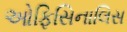
ઓફિસિનાલિસ